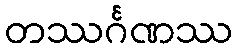
တဿင်္ဂဏဿ